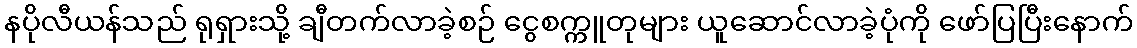
နပိုလီယန်သည် ရုရှားသို့ ချီတက်လာခဲ့စဉ် ငွေစက္ကူတုများ ယူဆောင်လာခဲ့ပုံကို ဖော်ပြပြီးနောက်